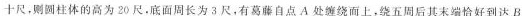
十尺，则圆柱体的高为20尺，底面周长为3尺，有葛藤自点A处缠绕而上，绕五周后其末端恰好到达B